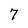
Character: 7